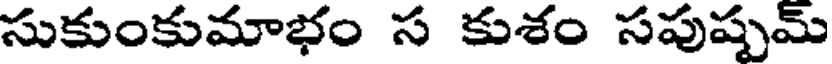
సుకుంకుమాభం స కుశం సపుష్పమ్